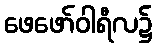
ဖေဖော်ဝါရီလ၌